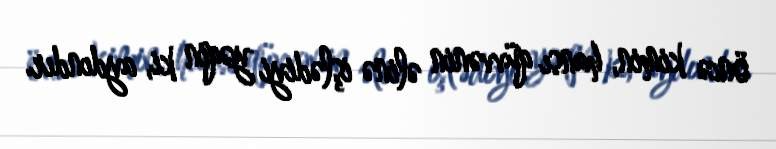
öncə kimin, hansı qüvvənin əlinə işlədiyi yəqin ki, aydındır.